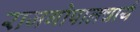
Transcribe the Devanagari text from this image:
राजगोपालचार्य